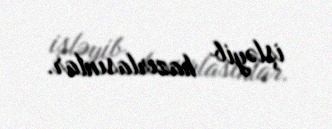
işləyib hazırlasınlar.